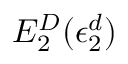
E _ { 2 } ^ { D } ( \epsilon _ { 2 } ^ { d } )